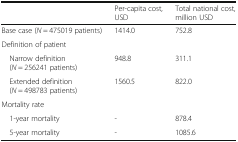
|  | Per-capita cost, USD | Total national cost, million USD |
 | --- | --- | --- |
 | Base case (N = 475019 patients) | 1414.0 | 752.8 |
 | <COLSPAN=3> Definition of patient |
 | Narrow definition (N = 256241 patients) | 948.8 | 311.1 |
 | Extended definition (N = 498783 patients) | 1560.5 | 822.0 |
 | <COLSPAN=3> Mortality rate |
 | 1-year mortality | - | 878.4 |
 | 5-year mortality | - | 1085.6 |